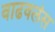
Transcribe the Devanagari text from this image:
वाढवलंस